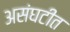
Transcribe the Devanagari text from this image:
असंघटीत